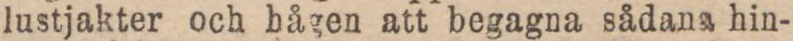
lustjakter och hågen att begagna sådana hin-